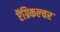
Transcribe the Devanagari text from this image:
ऍग्रिकल्चर